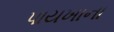
પાયખાના